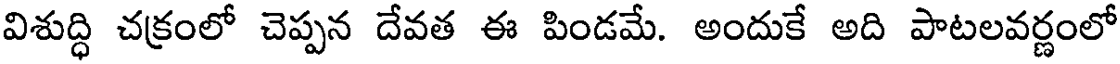
విశుద్ధి చక్రంలో చెప్పన దేవత ఈ పిండమే. అందుకే అది పాటలవర్ణంలో